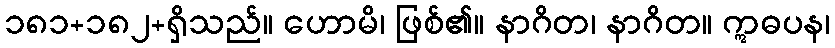
၁၈၁+၁၈၂+ရှိသည်။ ဟောမိ၊ ဖြစ်၏။ နာဂိတ၊ နာဂိတ။ ဣဓပန၊